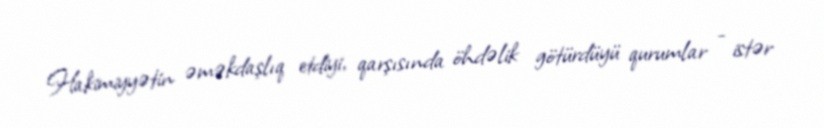
Hakimiyyətin əməkdaşlıq etdiyi, qarşısında öhdəlik götürdüyü qurumlar - istər